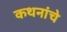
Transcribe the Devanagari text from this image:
कथनांचे